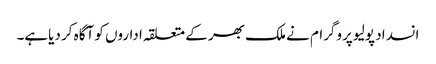
انسداد پولیو پروگرام نے ملک بھر کے متعلقہ اداروں کو آگاہ کر دیاہے۔